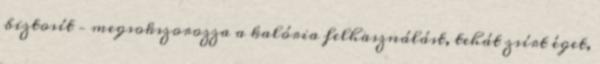
biztosít – megsokszorozza a kalória felhasználást, tehát zsírt éget,